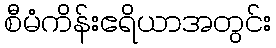
စီမံကိန်းဧရိယာအတွင်း